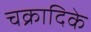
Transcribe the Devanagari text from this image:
चक्रादिके